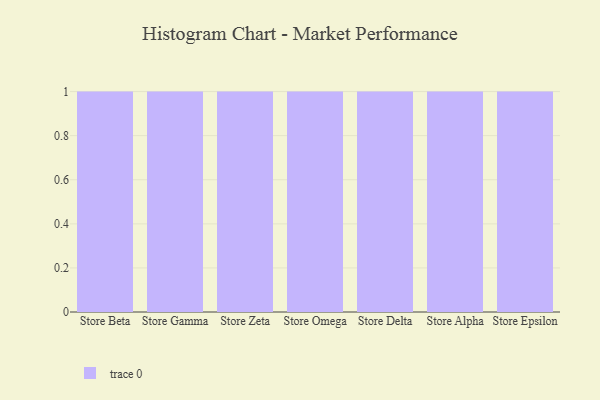
{"axis": {"x": "Store", "y": "LTV (USD)"}, "legend": [""], "data": [{"x": "Store Beta", "y": 87, "type": ""}, {"x": "Store Gamma", "y": 45, "type": ""}, {"x": "Store Zeta", "y": 21, "type": ""}, {"x": "Store Omega", "y": 7, "type": ""}, {"x": "Store Delta", "y": 52, "type": ""}, {"x": "Store Alpha", "y": 98, "type": ""}, {"x": "Store Epsilon", "y": 58, "type": ""}]}